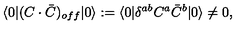
\langle 0 | ( C \cdot \bar { C } ) _ { o f f } | 0 \rangle : = \langle 0 | \delta ^ { a b } C ^ { a } \bar { C } ^ { b } | 0 \rangle \not = 0 ,